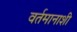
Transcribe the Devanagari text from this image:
वर्तमानाशी